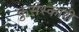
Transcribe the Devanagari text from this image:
कुसंस्कारी